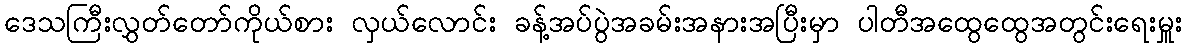
ဒေသကြီးလွှတ်တော်ကိုယ်စား လှယ်လောင်း ခန့်အပ်ပွဲအခမ်းအနားအပြီးမှာ ပါတီအထွေထွေအတွင်းရေးမှူး